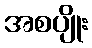
အစပျိုး